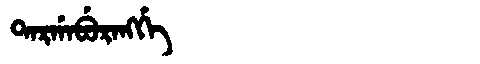
Manchu: ᡨᠠᡵᡤᠠᠪᡠᡵᠠᠩᡤᡝ
Romanization: TARGABURANGGE